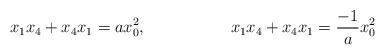
\begin{align*}x_1x_4+x_4x_1 = a x_0^2, && x_1x_4+x_4x_1 = \frac{-1}{a} x_0^2\end{align*}